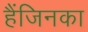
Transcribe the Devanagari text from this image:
हैंजिनका